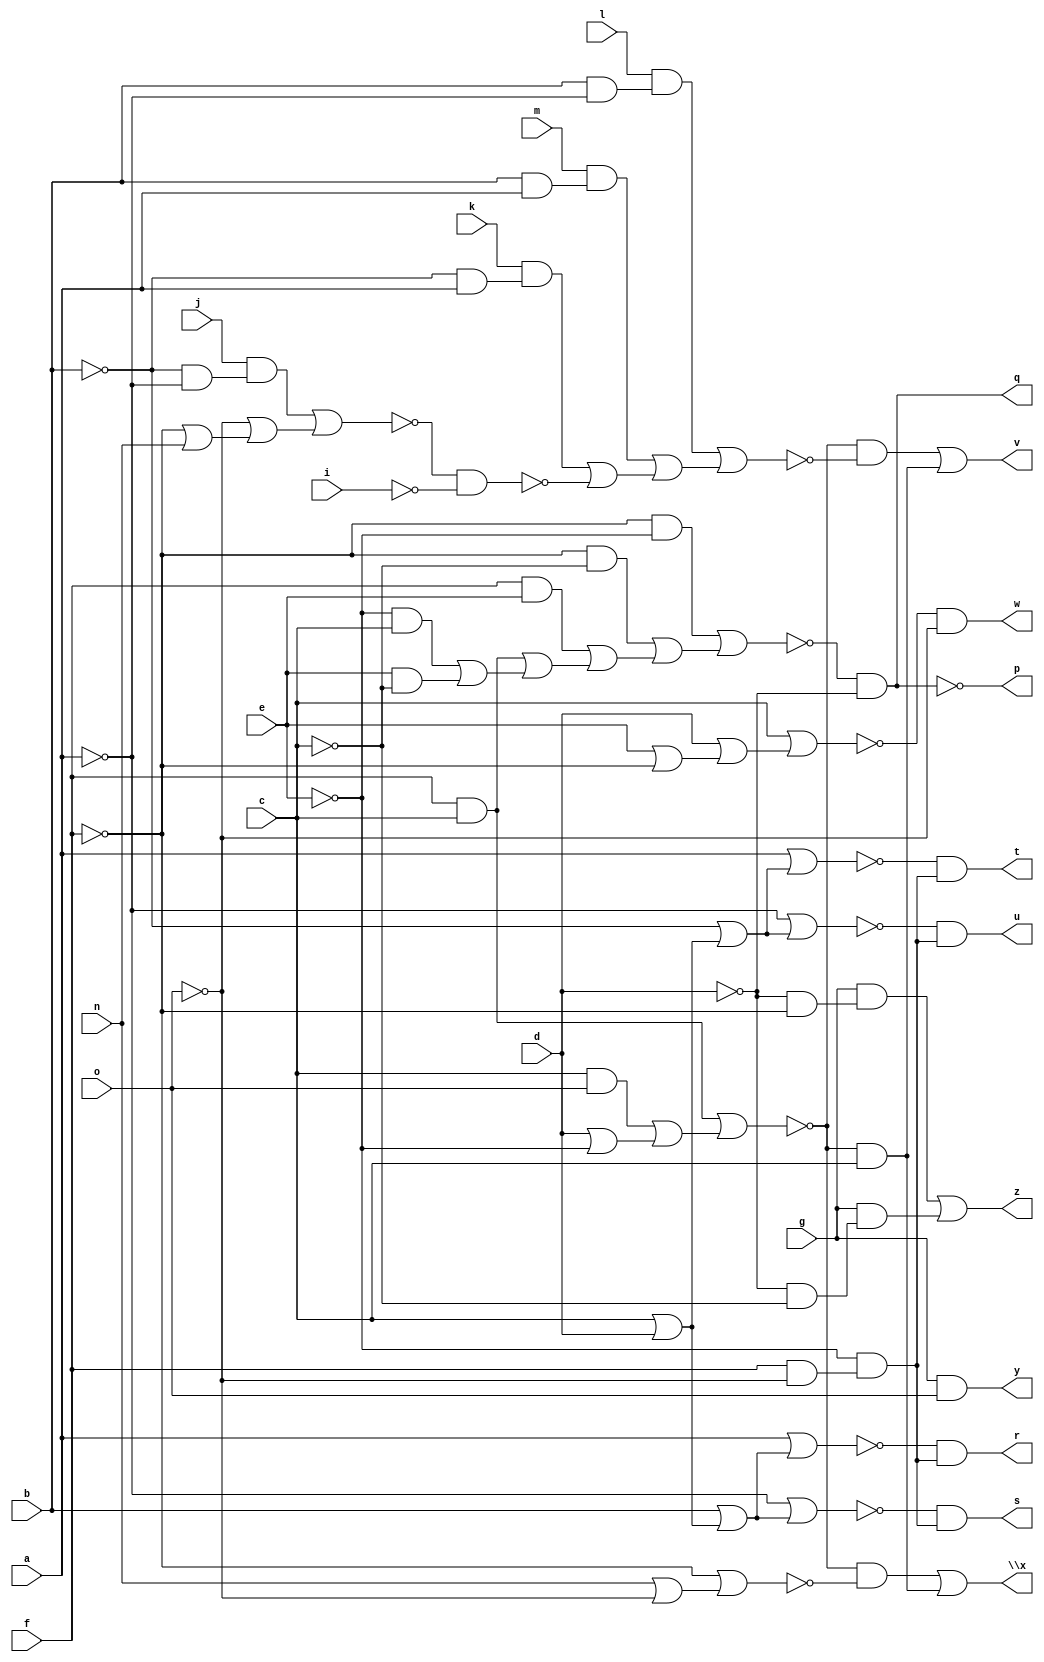
// IWLS benchmark module "cu" printed on Wed May 29 16:07:22 2002
module cu(a, b, c, d, e, f, g, i, j, k, l, m, n, o, p, q, r, s, t, u, v, w, \x , y, z);
input
  a,
  b,
  c,
  d,
  e,
  f,
  g,
  i,
  j,
  k,
  l,
  m,
  n,
  o;
output
  p,
  q,
  r,
  s,
  t,
  u,
  v,
  w,
  \x ,
  y,
  z;
wire
  o0,
  p0,
  \[0] ,
  a1,
  t0,
  \[1] ,
  b1,
  \[2] ,
  \[3] ,
  \[4] ,
  x0,
  \[5] ,
  f1,
  y0,
  \[6] ,
  g1,
  z0,
  \[7] ,
  \[8] ,
  \[10] ,
  i1,
  \[9] ,
  j1;
assign
  o0 = (~f & ~e) | ((~f & ~c) | ((f & e) | ((f & c) | ((~e & c) | (e & ~c))))),
  p0 = ~o0 & ~d,
  p = \[0] ,
  q = \[1] ,
  r = \[2] ,
  s = \[3] ,
  t = \[4] ,
  u = \[5] ,
  v = \[6] ,
  w = \[7] ,
  \x  = \[8] ,
  y = \[9] ,
  z = \[10] ,
  \[0]  = ~p0,
  a1 = (l & (b & ~a)) | ((m & (b & a)) | ((k & (~b & a)) | ~f1)),
  t0 = a | (b | (c | d)),
  \[1]  = ~o0 & ~d,
  b1 = (c & f) | ((c & o) | (d | ~e)),
  \[2]  = ~t0 & (~e & (f & ~o)),
  \[3]  = ~x0 & (~e & (f & ~o)),
  \[4]  = ~y0 & (~e & (f & ~o)),
  x0 = ~a | (b | (c | d)),
  \[5]  = ~z0 & (~e & (f & ~o)),
  f1 = ~g1 & ~i,
  y0 = a | (~b | (c | d)),
  \[6]  = (~b1 & ~a1) | (~b1 & c),
  g1 = (j & (~b & ~a)) | (~o | (~f | n)),
  z0 = ~a | (~b | (c | d)),
  \[7]  = ~i1 & ~o,
  \[8]  = (~b1 & ~j1) | (~b1 & c),
  \[10]  = (g & (~d & ~f)) | (g & (~d & ~c)),
  i1 = c | (d | (e | ~f)),
  \[9]  = g & o,
  j1 = ~f | (n | ~o);
endmodule